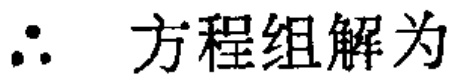
$\therefore \ 方程组解为$